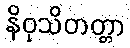
နိဝုသိတတ္တာ